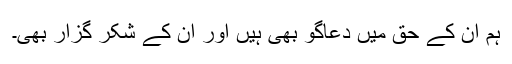
ہم ان کے حق میں دعاگو بھی ہیں اور ان کے شکر گزار بھی۔